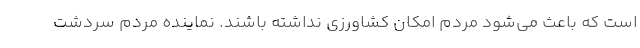
است که باعث می‌شود مردم امکان کشاورزی نداشته باشند. نماینده مردم سردشت